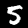
Digit: 5